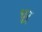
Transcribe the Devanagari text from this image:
धुर्